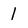
Character: 1